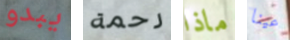
يبدو رحمة ماذا عينا